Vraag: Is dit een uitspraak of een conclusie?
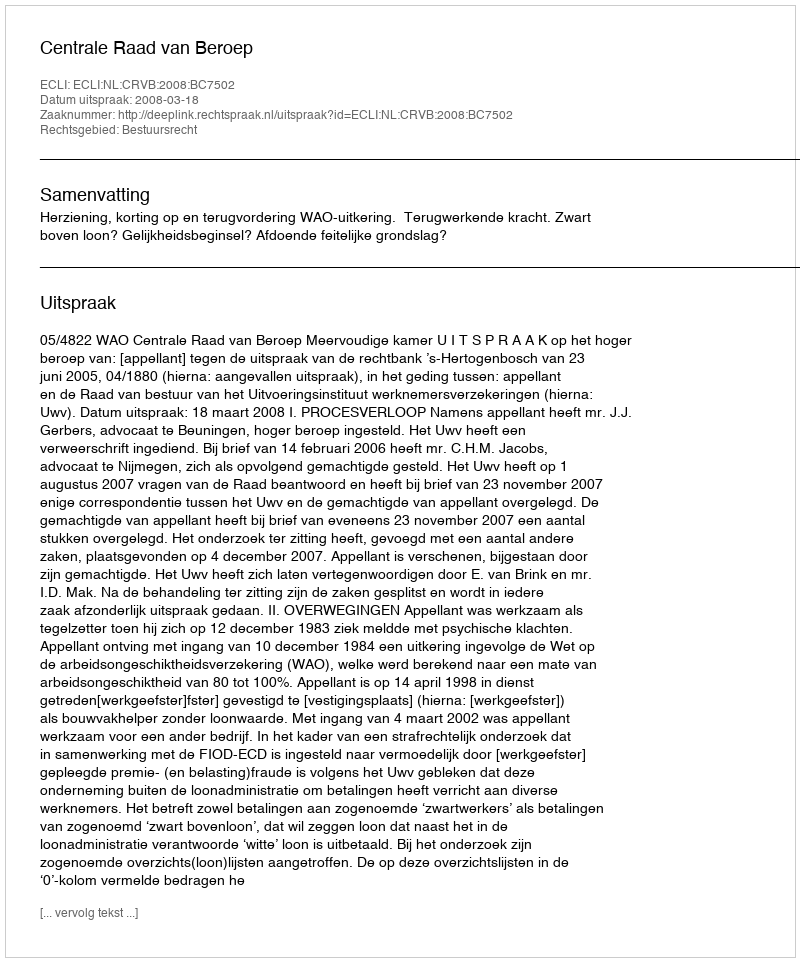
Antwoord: Uitspraak